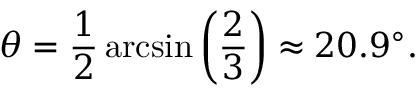
\theta = { \frac { 1 } { 2 } } \arcsin \left( { \frac { 2 } { 3 } } \right) \approx 2 0 . 9 ^ { \circ } .